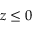
z \le 0